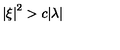
\left| \xi \right| ^ { 2 } > c | \lambda |